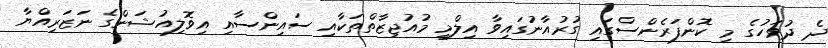
ދެ ދުވަހުގެ މި ކޮންފަރެންސްގައި ގުރުއާނުގައިވާ އިލްމީ މުއުޖިޒާތްތަކާއި ސައިންސާއި އިވޮލިއުޝަންގެ ނަޒަރިއްޔާ